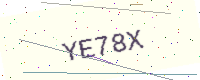
Text: YE78X